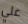
علي